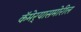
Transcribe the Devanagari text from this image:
कॅमेर्‍यासमोरील